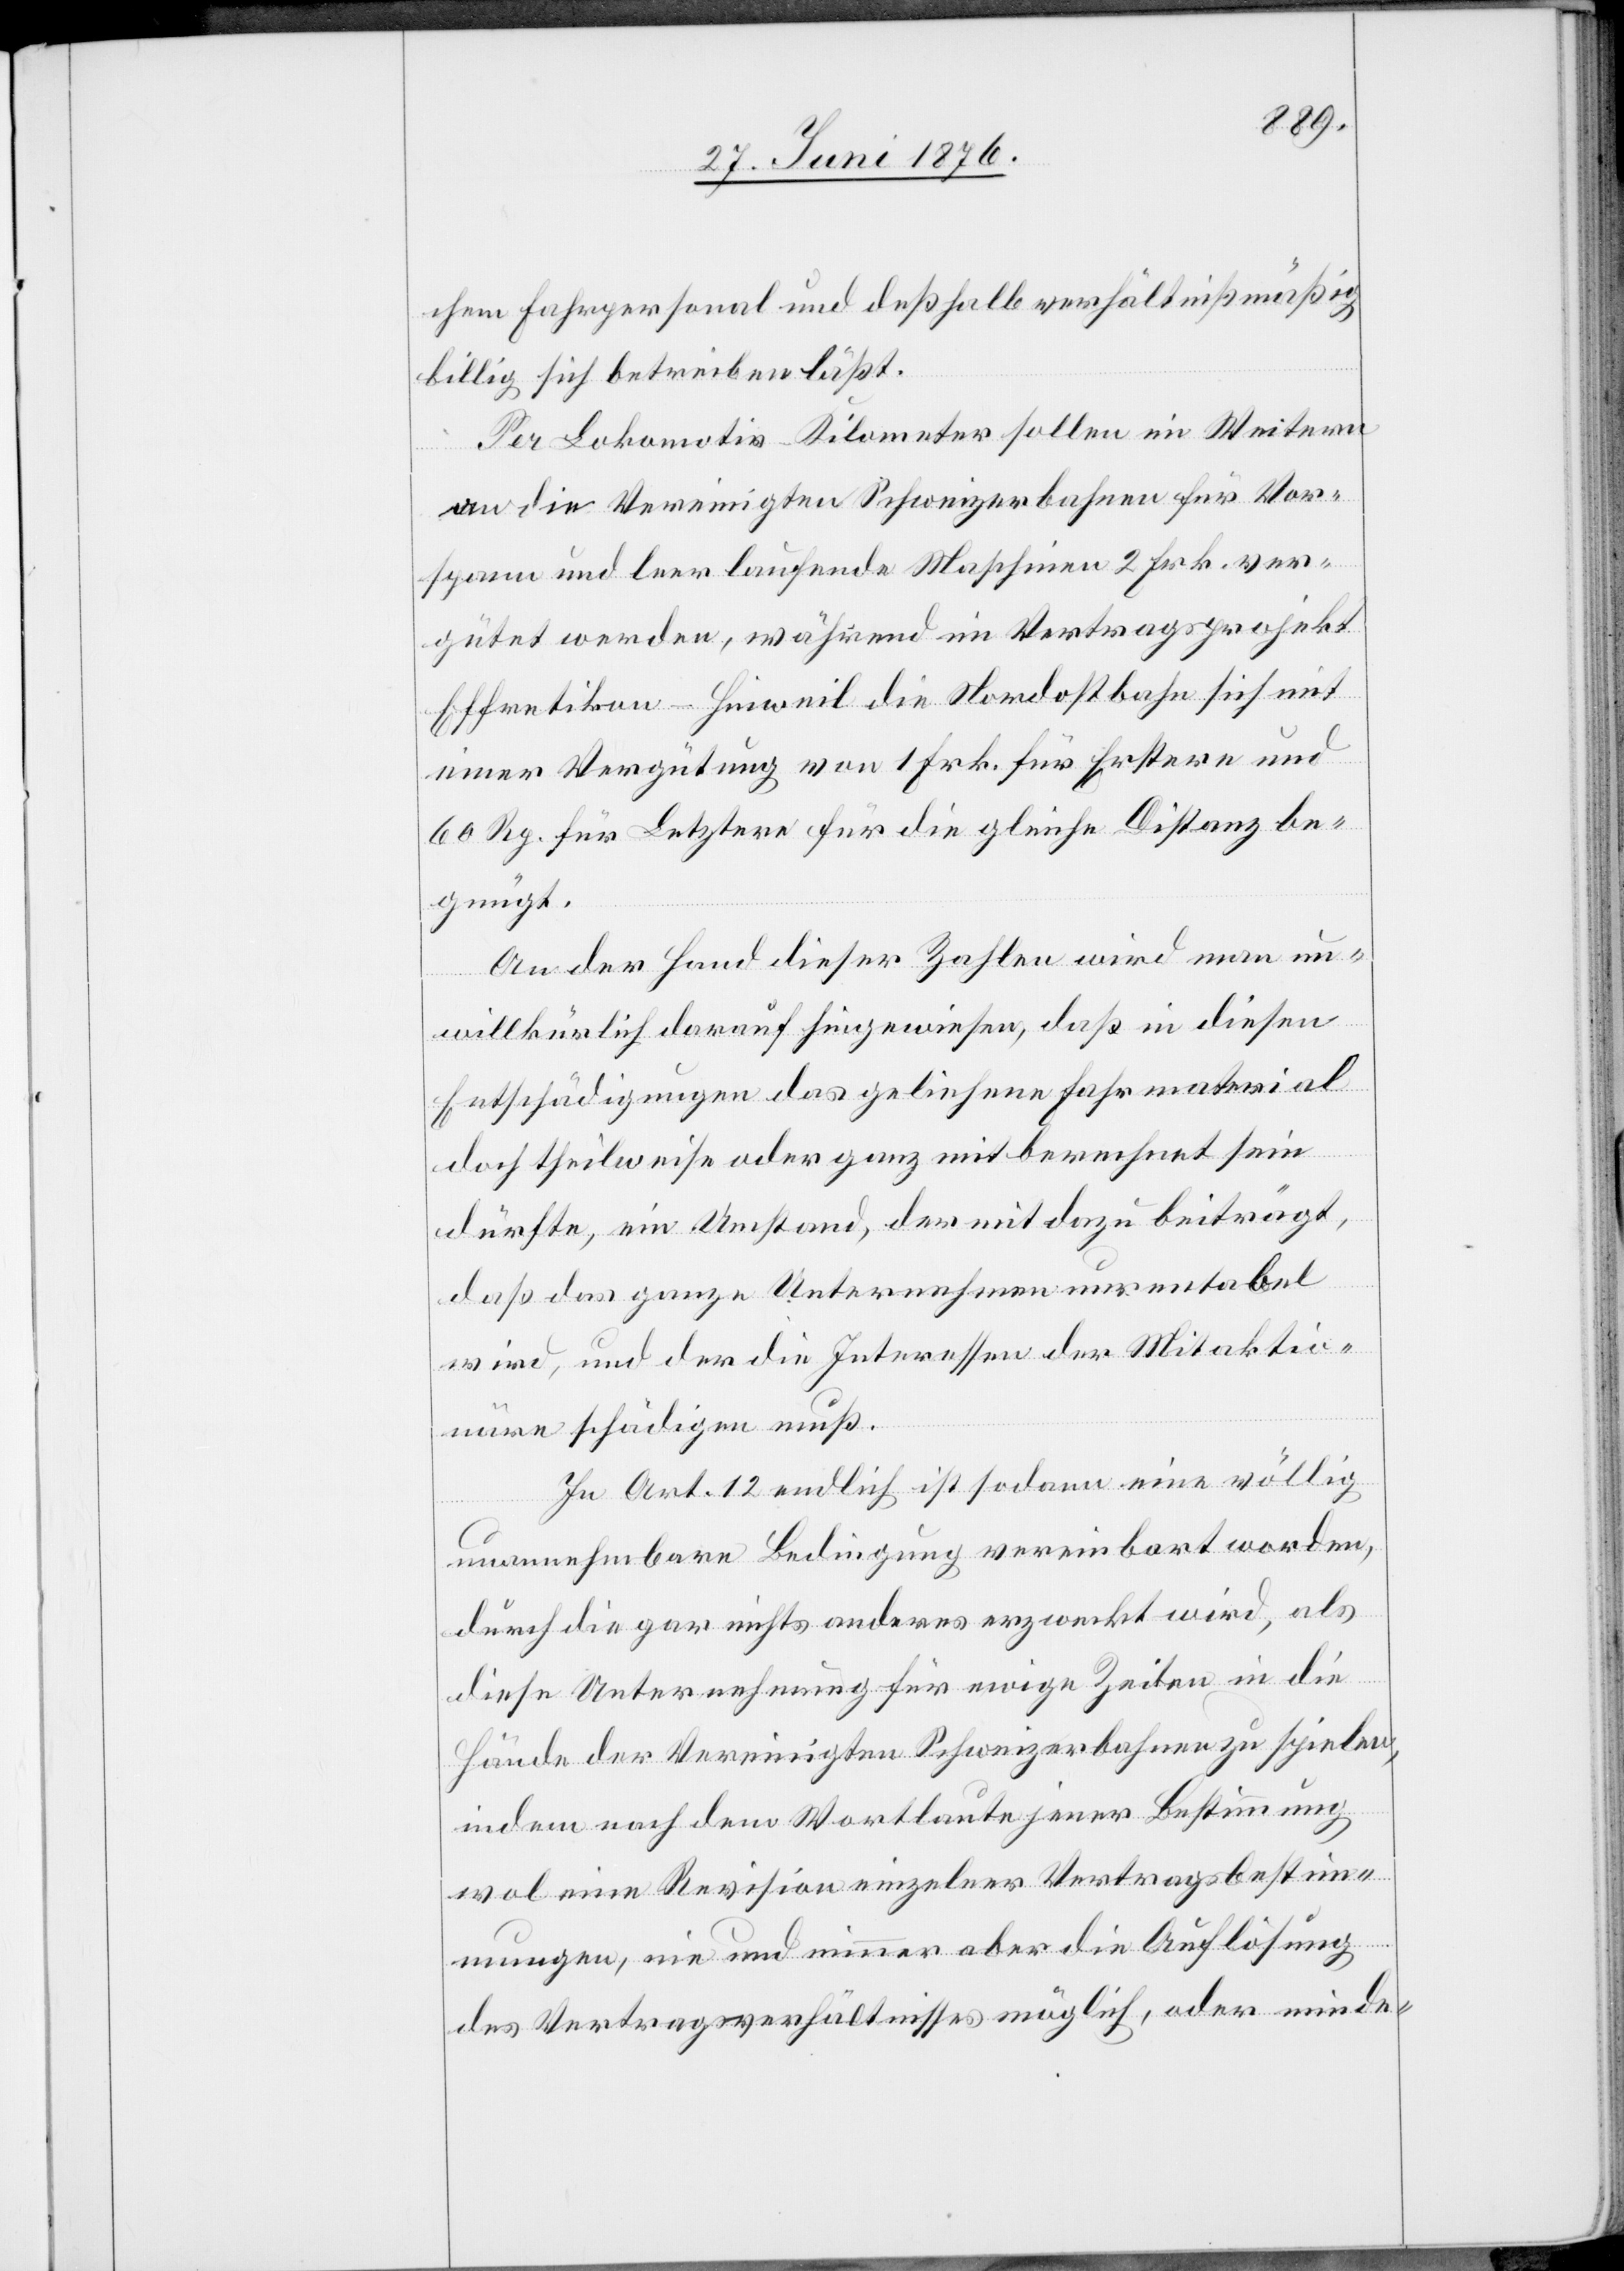
chem Fahrpersonal und deshalb verhältnißmäßig
billig sich betreiben läßt.
Per Lokomotiv-Kilometer sollen im Weitern
an die Vereinigten Schweizerbahnen für Vor¬
spann und leer laufende Maschinen 2 Frk. ver¬
gütet werden, während im Vertragsprojekt
Effretikon–Hinweil die Nordostbahn sich mit
einer Vergütung von 1 Frk. für Erstere und
60 Rp. für Letztere für die gleiche Distanz be¬
gnügt.
AN der Hand dieser Zahlen wird man un¬
willkürliche darauf hingewiesen, daß in diesen
Entschädigungen das geliehene Fahrmaterial
doch theilweise oder ganz mitberechnet sein
dürfte, ein Umstand, der mit dazu beiträgt,
daß das ganze Unternehmen unrentabel
wird, und der die Interessen der Mitaktio¬
näre schädigen muß.
In Art. 12 endlich ist sodann eine völlig
unannehmbare Bedingung vereinbart worden,
durch die gar nichts anderes erzweckt wird, als
diese Unternehmung für ewige Zeiten in die
Hände der Vereinigten Schweizerbahnen zu spielen,
indem nach dem Wortlaute jener Bestimmung
wol eine Revision einzelner Vertragsbestim¬
mungen nie und nimmer aber die Auflösung
des Vertragsverhältnisses möglich, oder minde-